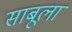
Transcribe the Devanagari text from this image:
साबूला